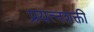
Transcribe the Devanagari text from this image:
प्रयत्‍नशक्ती